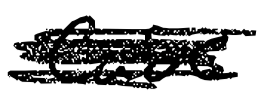
Text: Case
Cross-out: scratch
Writing tool: digital_black